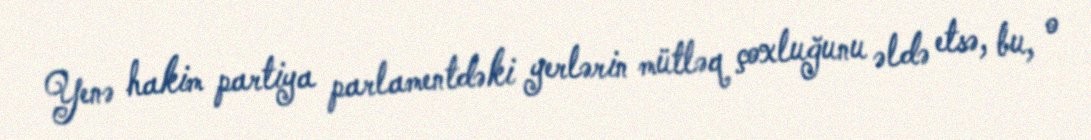
Yenə hakim partiya parlamentdəki yerlərin mütləq çoxluğunu əldə etsə, bu, o